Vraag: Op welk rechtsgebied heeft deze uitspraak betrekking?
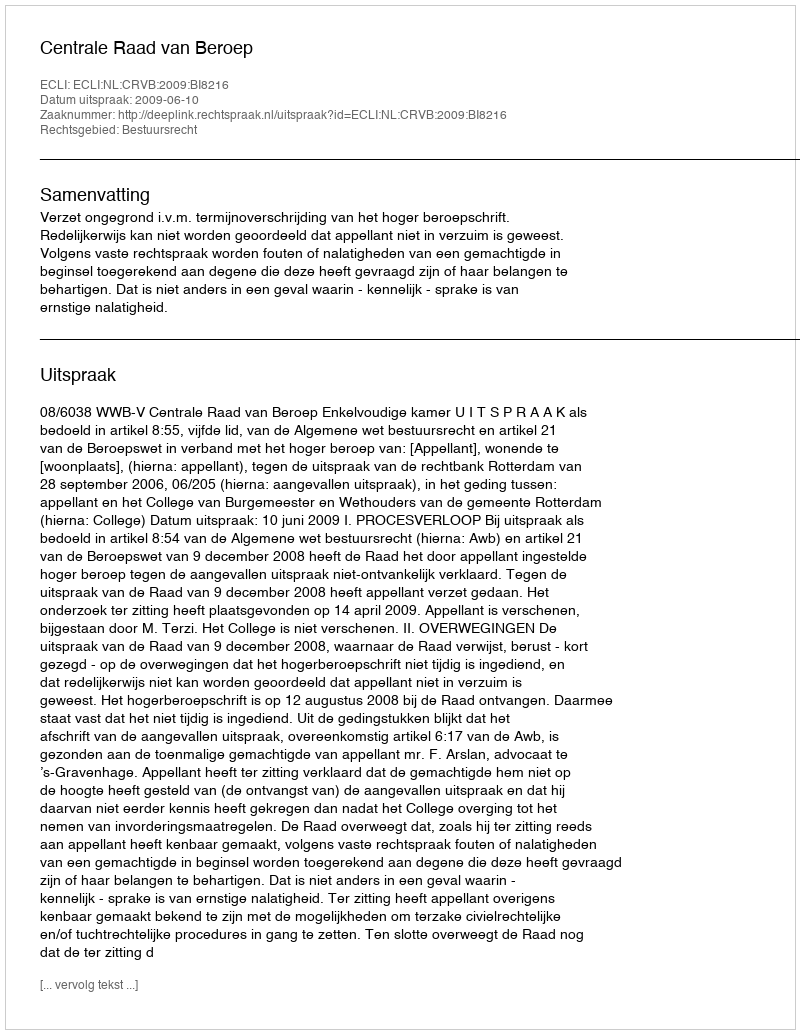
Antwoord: Bestuursrecht